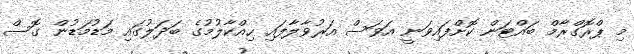
މި ޕްރޮގްރާމް ބައްޓަން ކޮށްފައިވަނީ އަވަސް އަރުވާލާފައި ހިއްކާލުމުގެ ބަދަލުގައި މަޑުމަޑުން ގޮސް